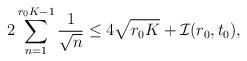
LaTeX: \begin{align*} 2\sum_{n=1}^{r_0 K-1} \frac{1}{\sqrt{n}} \le 4\sqrt{r_0K}+ \mathcal{I}(r_0,t_0),\end{align*}